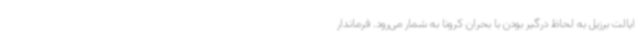
ایالت برزیل به لحاظ درگیر بودن با بحران کرونا به شمار می‌رود. فرماندار